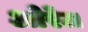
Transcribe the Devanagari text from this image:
ओरेज